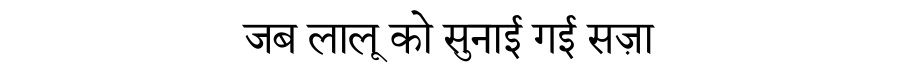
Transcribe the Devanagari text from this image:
जब लालू को सुनाई गई सज़ा